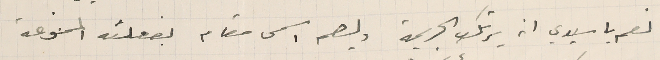
نعم يا سيدي انه يرتكب الجريمة وليصم اسمى مقام بفعلته الممنوعة